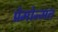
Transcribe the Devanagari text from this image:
प्रेमोन्मत